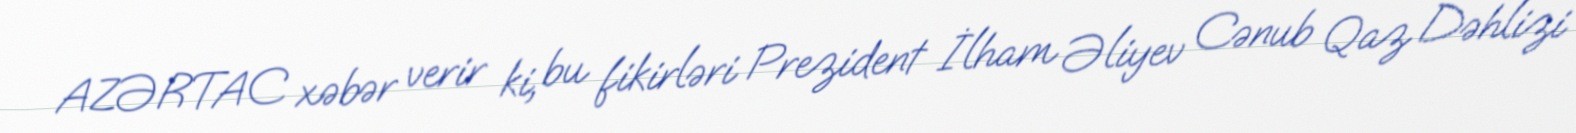
AZƏRTAC xəbər verir ki, bu fikirləri Prezident İlham Əliyev Cənub Qaz Dəhlizi